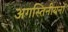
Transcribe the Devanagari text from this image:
अगस्तिनीयनों